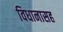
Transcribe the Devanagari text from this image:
विधानासह